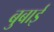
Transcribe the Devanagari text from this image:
बुबाई